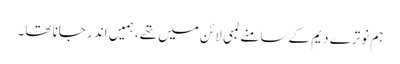
ہم نوترے دیم کے سامنے لمبی لائن میں تھے، ہمیں اندر جانا تھا۔